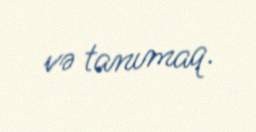
və tanımaq.